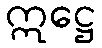
ဣဋ္ဌေ